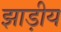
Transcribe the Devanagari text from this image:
झाड़ीय